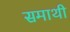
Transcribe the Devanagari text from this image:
समाथी